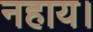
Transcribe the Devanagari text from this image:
नहाय।